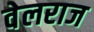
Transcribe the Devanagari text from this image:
वेलराज